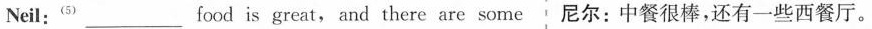
Neil:^{(5)} ___ food is great, and there are some 尼尔：中餐很棒，还有一些西餐厅。